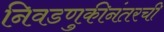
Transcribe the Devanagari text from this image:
निवडणुकीनंतरची